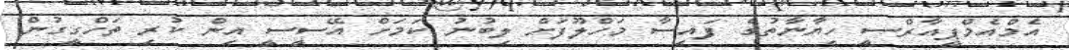
އެމްއެމްޕީއާރްސީ ހިޔާނާތުގެ ފައިސާ މަހްލޫފަށް ލިބުނު ކަމަށް އޭސީސީ އިން ކުރި ތަހްގީގުން